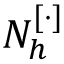
N _ { h } ^ { [ \cdot ] }